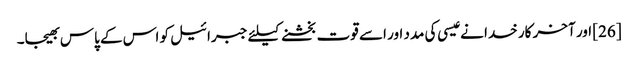
[26] اور آخر کار خدا نے عیسی کی مدد اور اسے قوت بخشنے کیلئے جبرائیل کو اس کے پاس بھیجا۔